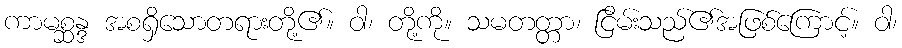
ကာမစ္ဆန္ဒ အစရှိသောတရားတို့၏။ ဝါ၊ တို့ကို။ သမတတ္တာ၊ ငြိမ်းသည်၏အဖြစ်ကြောင့်။ ဝါ၊